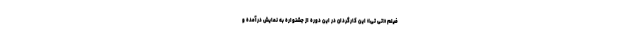
فیلم «تی تی» این کارگردان در این دوره از جشنواره به نمایش درآمده و